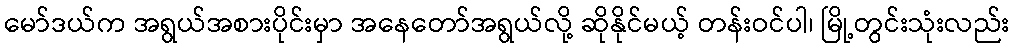
မော်ဒယ်က အရွယ်အစားပိုင်းမှာ အနေတော်အရွယ်လို့ ဆိုနိုင်မယ့် တန်းဝင်ပါ၊ မြို့တွင်းသုံးလည်း